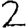
Digit: 2